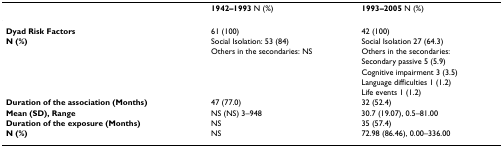
<table><thead><tr><td></td><td><b>1942–1993 N (%)</b></td><td><b>1993–2005 N (%)</b></td></tr></thead><tbody><tr><td><b>Dyad Risk Factors</b></td><td>61 (100)</td><td>42 (100)</td></tr><tr><td><b>N (%)</b></td><td>Social Isolation: 53 (84)</td><td>Social Isolation 27 (64.3)</td></tr><tr><td></td><td>Others in the secondaries: NS</td><td>Others in the secondaries:</td></tr><tr><td></td><td></td><td>Secondary passive 5 (5.9)</td></tr><tr><td></td><td></td><td>Cognitive impairment 3 (3.5)</td></tr><tr><td></td><td></td><td>Language difficulties 1 (1.2)</td></tr><tr><td></td><td></td><td>Life events 1 (1.2)</td></tr><tr><td><b>Duration of the association (Months)</b></td><td>47 (77.0)</td><td>32 (52.4)</td></tr><tr><td><b>Mean (SD), Range</b></td><td>NS (NS) 3–948</td><td>30.7 (19.07), 0.5–81.00</td></tr><tr><td><b>Duration of the exposure (Months)</b></td><td>NS</td><td>35 (57.4)</td></tr><tr><td><b>N (%)</b></td><td>NS</td><td>72.98 (86.46), 0.00–336.00</td></tr></tbody></table>